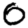
Digit: 0